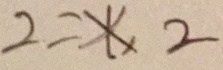
2 = \ast 2